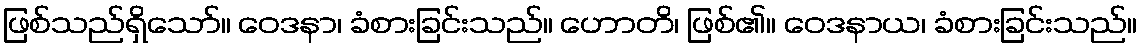
ဖြစ်သည်ရှိသော်။ ဝေဒနာ၊ ခံစားခြင်းသည်။ ဟောတိ၊ ဖြစ်၏။ ဝေဒနာယ၊ ခံစားခြင်းသည်။